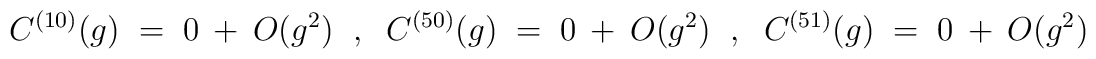
C^{(10)}(g) ~=~ 0 ~+~ O(g^2) ~~,~~ C^{(50)}(g) ~=~ 0 ~+~ O(g^2) ~~,~~  C^{(51)}(g) ~=~ 0 ~+~ O(g^2)